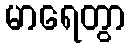
မာရေတွာ